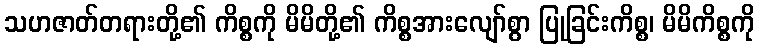
သဟဇာတ်တရားတို့၏ ကိစ္စကို မိမိတို့၏ ကိစ္စအားလျော်စွာ ပြုခြင်းကိစ္စ၊ မိမိကိစ္စကို